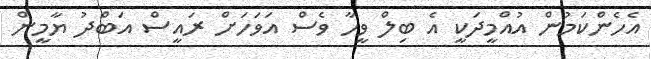
އެހެންކަމުން އުއްމީދަކީ އެ ބިލް ވީހާ ވެސް އަވަހަށް ރައީސް އަބްދު ޔާމީން